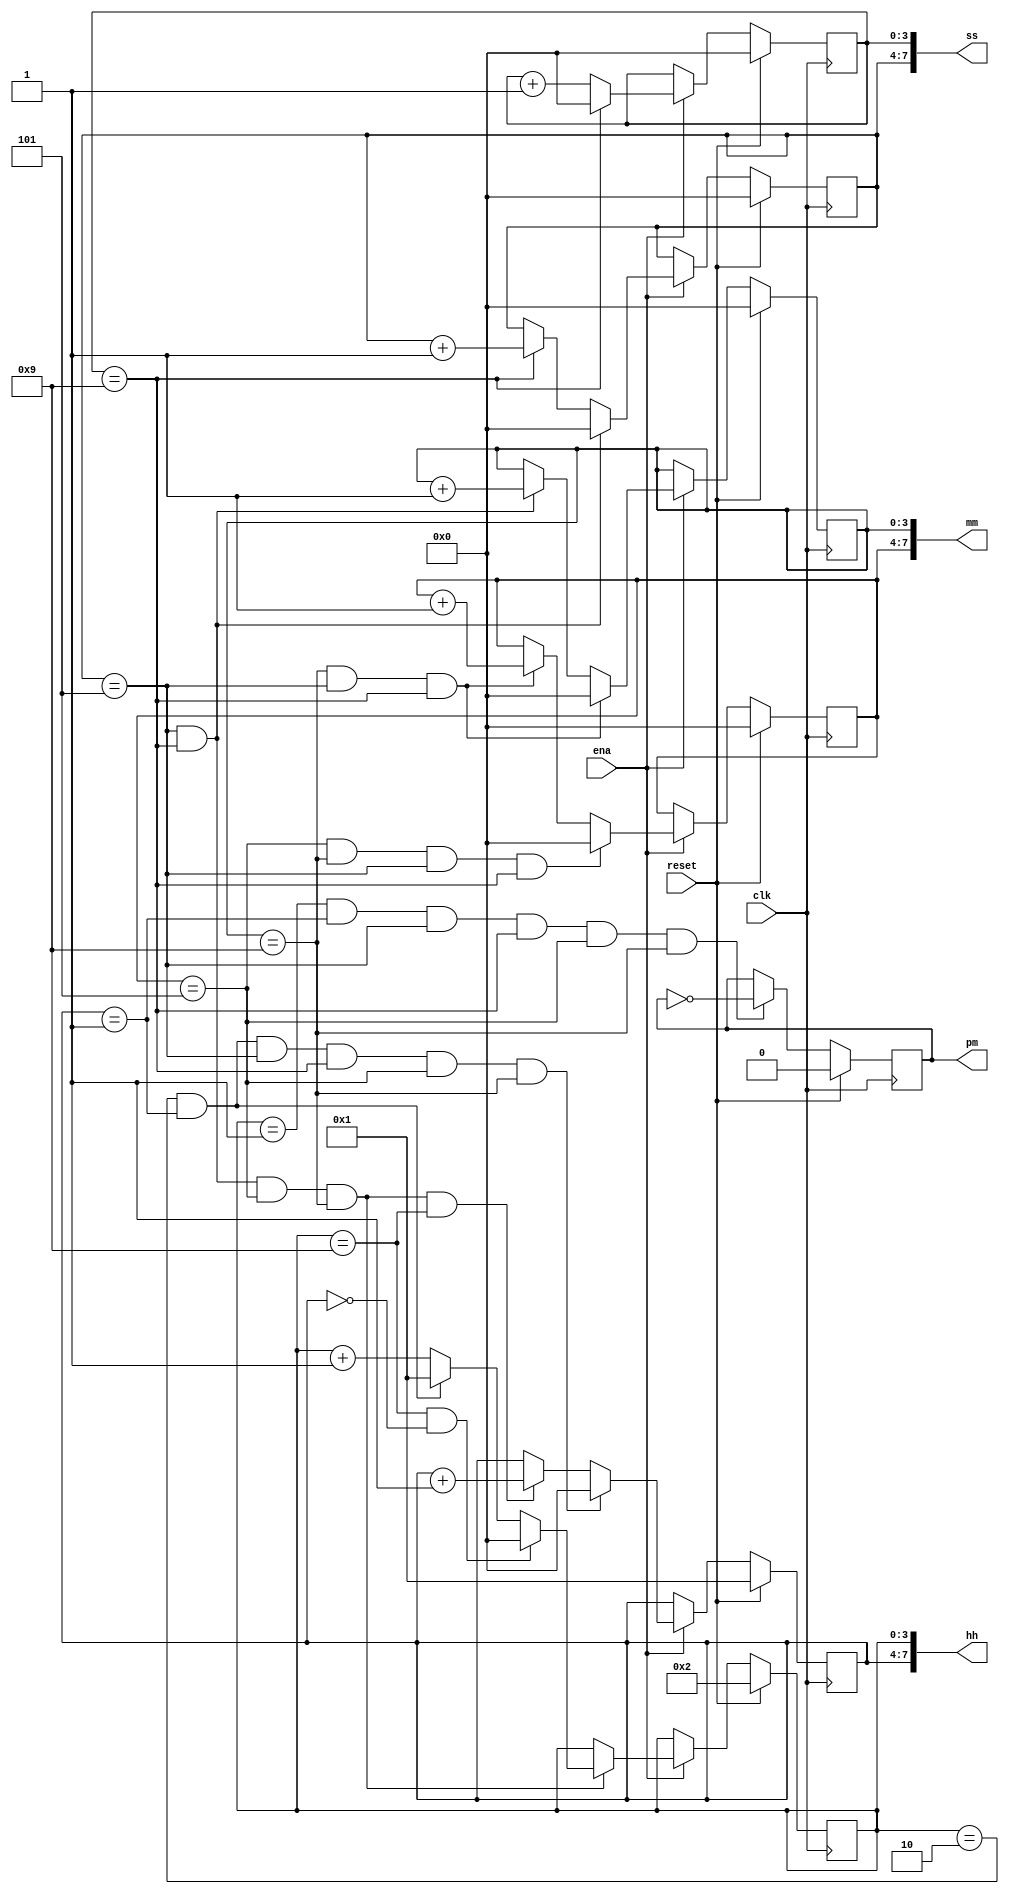
module top_module(
    input clk,
    input reset,
    input ena,
    output pm,
    output [7:0] hh,
    output [7:0] mm,
    output [7:0] ss
);
    
    reg[3:0]ss1;
    reg[3:0]ss2;
    reg[3:0]mm1;
    reg[3:0]mm2;
    reg[3:0]hh1;
    reg[3:0]hh2;
       
    always@(posedge clk)begin
        if(reset)
            pm = 1'b0;
        else if((hh1 == 4'd1)&&(hh2 == 4'd1)&&(ss2 == 4'd5)&&(ss1 == 4'd9)&&(mm2 == 4'd5)&&(mm1 == 4'd9))
            pm <= ~pm;
    end
    
    always@(posedge clk)
        begin
        	if(reset)
            	ss1 <= 4'b0;
        	else if(ena)
            	begin
					if(ss1 == 4'd9)
            			ss1 <= 4'd0;
        			else 
           	 			ss1 <= ss1 + 1'b1;
        		end
    	end  
    
    always@(posedge clk)
        begin
        	if(reset)
            	ss2 <= 4'b0;
            else if(ena)
                begin
                    if((ss2 == 4'd5)&&(ss1 == 4'd9))
                        ss2 <= 4'd0;
                    else if(ss1 == 4'd9)
                        ss2 <= ss2 + 1'b1;
                end
    	end  
    
     always@(posedge clk)
         begin
            if(reset)
                mm1 <= 4'b0;
            else if(ena)
                begin
                    if((mm1 == 4'd9)&&(ss2 == 4'd5)&&(ss1 == 4'd9))
                        mm1 <= 4'd0;
                    else if((ss2 == 4'd5)&&(ss1 == 4'd9))
                        mm1 <= mm1 + 1'b1;
         		end
    	end   
    
    always@(posedge clk)begin
        if(reset)
            mm2 <= 4'b0;
        else if(ena)begin
        	if((mm2 == 4'd5)&&(mm1 == 4'd9)&&(ss2 == 4'd5)&&(ss1 == 4'd9))
            	mm2 <= 4'd0;
        	else if((mm1 == 4'd9)&&(ss2 == 4'd5)&&(ss1 == 4'd9))
            	mm2 <= mm2 + 1'b1;
        end
    end    

     always@(posedge clk)begin
        if(reset)
            hh1 <= 4'd2;
         else if(ena)begin
        	if((ss2 == 4'd5)&&(ss1 == 4'd9)&&(mm2 == 4'd5)&&(mm1 == 4'd9))
            	if((hh1 == 4'd9)&&(hh2 == 4'd0))
                	hh1 <= 4'd0;
         		else if((hh1 == 4'd2)&&(hh2 == 4'd1))
                	hh1 <= 4'd1;
         		else
            		hh1 <= hh1 + 1'b1;
         end
    end
    
    always@(posedge clk)begin
        if(reset)
            hh2 <= 4'd1;
        else if(ena)begin
        	if((hh2 == 4'd1)&&(hh1 == 4'd2)&&(ss2 == 4'd5)&&(ss1 == 4'd9)&&(mm2 == 4'd5)&&(mm1 == 4'd9))
            	hh2 <= 4'd0;
        	else if((ss2 == 4'd5)&&(ss1 == 4'd9)&&(mm2 == 4'd5)&&(mm1 == 4'd9)&&(hh1 == 4'd9)) 
            	hh2 <= hh2 + 1'b1;
        end
    end  

    assign ss = {ss2,ss1};
    assign mm = {mm2,mm1};
    assign hh = {hh2,hh1};
    
endmodule